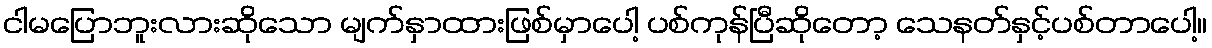
ငါမပြောဘူးလားဆိုသော မျက်နှာထားဖြစ်မှာပေါ့ ပစ်ကုန်ပြီဆိုတော့ သေနတ်နှင့်ပစ်တာပေါ့။